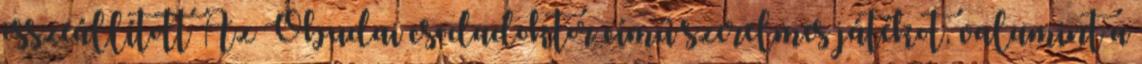
összeállított Az Óbudai csodadoktor című szerelmes játékot, valamint a